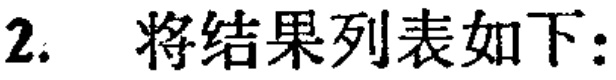
2. 将结果列表如下：